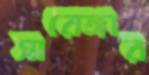
সারেঙ্গার